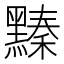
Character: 𪒆